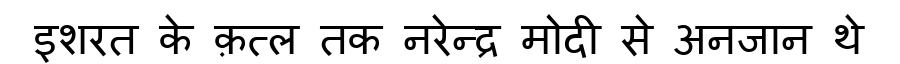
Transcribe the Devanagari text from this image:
इशरत के क़त्ल तक नरेन्द्र मोदी से अनजान थे